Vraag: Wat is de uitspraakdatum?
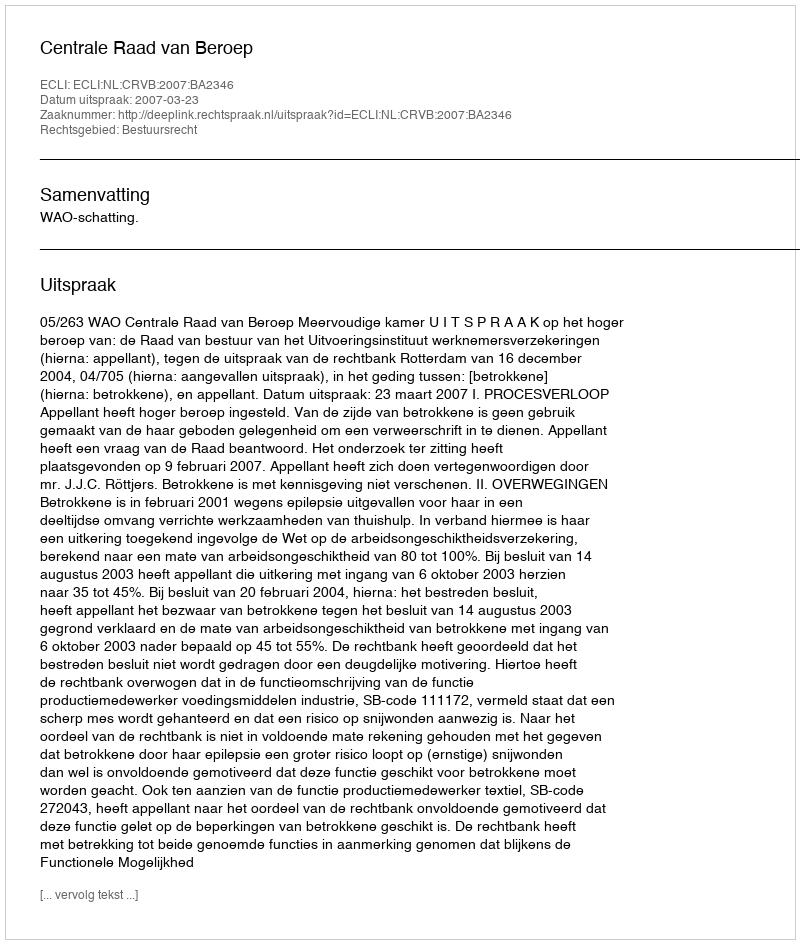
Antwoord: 2007-03-23